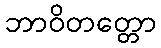
ဘာဝိတတ္တော